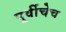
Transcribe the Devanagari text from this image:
पूर्वीचेच